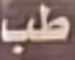
طب